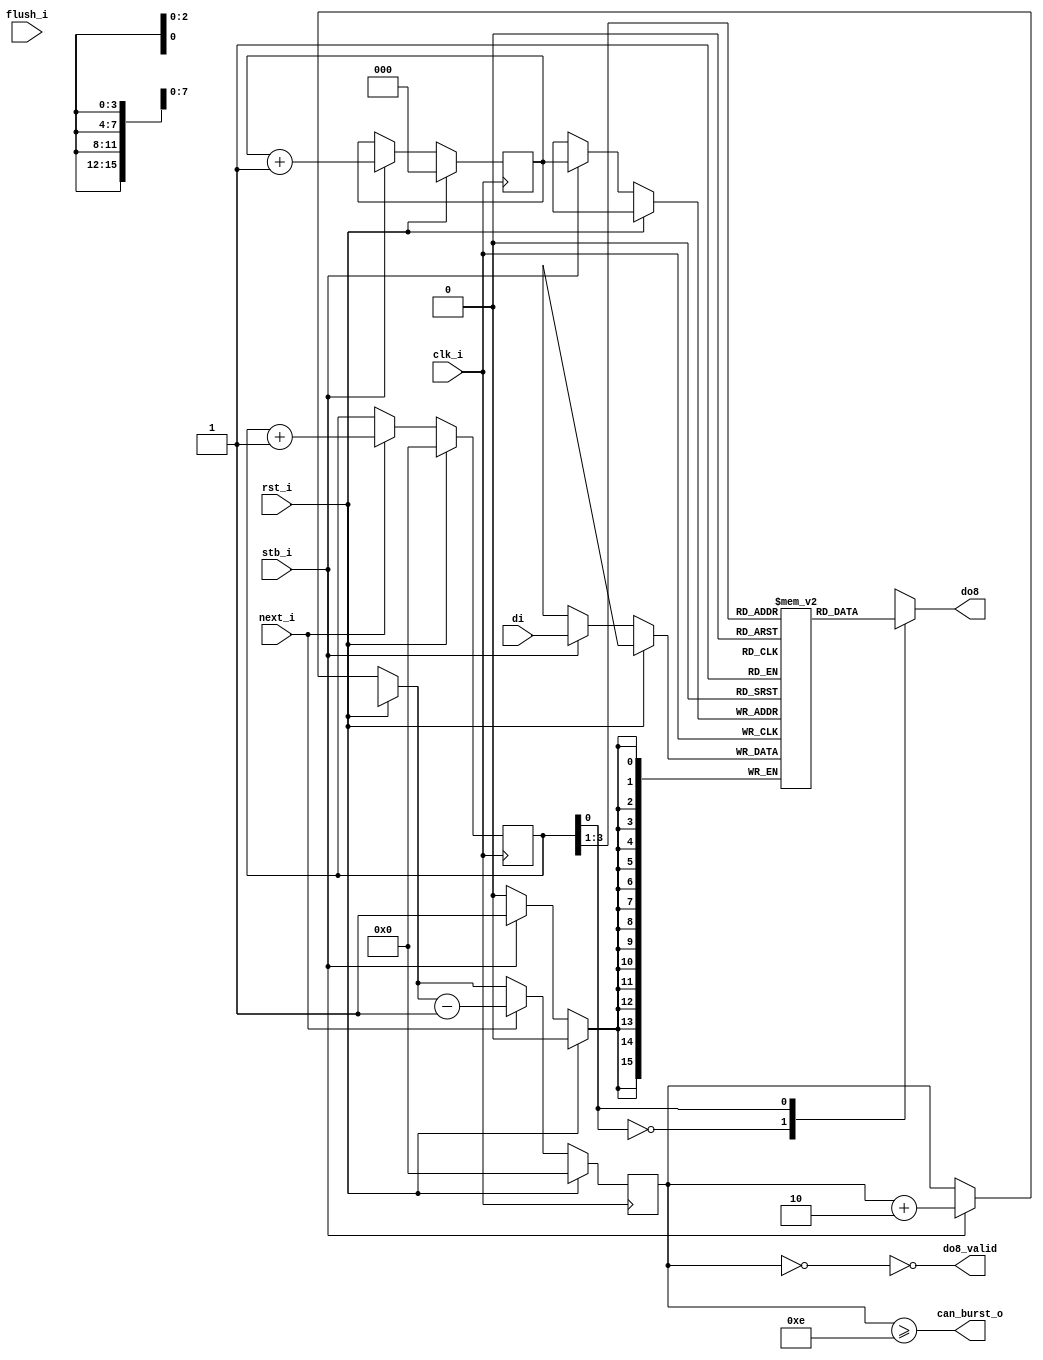
/*
 * 16 to 8 bit instruction prefetch fifo
 * Milkymist SoC
 * Copyright (C) 2007, 2008, 2009 Sebastien Bourdeauducq
 * adjusted to 16 to 8 bit by Charley Picker <charleypicker@yahoo.com>
 *
 * This program is free software: you can redistribute it and/or modify
 * it under the terms of the GNU General Public License as published by
 * the Free Software Foundation, version 3 of the License.
 *
 * This program is distributed in the hope that it will be useful,
 * but WITHOUT ANY WARRANTY; without even the implied warranty of
 * MERCHANTABILITY or FITNESS FOR A PARTICULAR PURPOSE.  See the
 * GNU General Public License for more details.
 *
 * You should have received a copy of the GNU General Public License
 * along with this program.  If not, see <http://www.gnu.org/licenses/>.
 */

module zet_front_fifo16to8(
	input clk_i,
	input rst_i,
	input flush_i,
	
	input stb_i,
	input [15:0] di,
	
	output can_burst_o,
	output do8_valid,
	output reg [7:0] do8,
	input next_i /* should only be asserted when do8_valid = 1 */
);

/*
 * FIFO can hold 8 16-bit words
 * that is 16 8-bit bytes.
 */

reg [15:0] storage[0:7];
reg [2:0] produce; /* in 16-bit words */
reg [3:0] consume; /* in 8-bit bytes */
/*
 * 8-bit bytes stored in the FIFO, 0-15 (16 possible values)
 */

reg [3:0] level;

wire [15:0] do16;
assign do16 = storage[consume[3:1]];

always @(*) begin
  case(consume[0])
    1'd0: do8 <= do16[15:8];
    1'd1: do8 <= do16[7:0];
  endcase
end

always @(posedge clk_i) begin
  if(rst_i) begin
    produce = 3'd0;
    consume = 4'd0;
    level = 4'd0;
  end else begin
    if(stb_i) begin
      storage[produce] = di;
      produce = produce + 3'd1;
      level = level + 4'd2;
    end
    if(next_i) begin /* next should only be asserted when do8_valid = 1 */
      consume = consume + 4'd1;
      level = level - 4'd1;
    end
  end
end

assign do8_valid = ~(level == 4'd0);
assign can_burst_o = level >= 4'd14;

endmodule